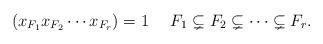
LaTeX: \begin{align*}(x_{F_1}x_{F_2}\cdots x_{F_r})=1 \ \ \ \ F_1 \subsetneq F_2 \subsetneq \cdots \subsetneq F_r.\end{align*}